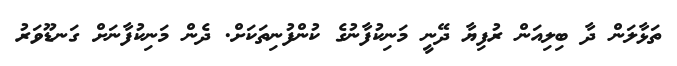
ތަޅާލަން ދާ ބިލިއަން ރުފިޔާ ދޭނީ މަނިކުފާނުގެ ކުންފުނިތަކަށް. ދެން މަނިކުފާނަށް ގަނޑޫވަރު